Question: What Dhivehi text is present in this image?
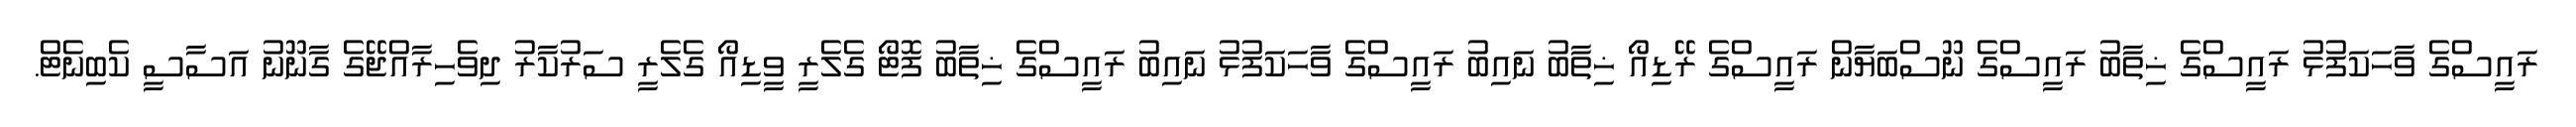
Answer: ރައީސްގެ ވާހަކަފުޅު ރައީސްގެ ޚިތާބު ރައީސްގެ ނޫސްބަޔާން ރައީސްގެ ރޭޑިއޯ ޚިތާބު ނައިބު ރައީސްގެ ވާހަކަފުޅު ނައިބު ރައީސްގެ ޚިތާބު ފޮޓޯ ގެލެރީ ވީޑިއޯ ގެލެރީ ސަރުކާރު ދިވެހިރާއްޖޭގެ ގާނޫނު އަސާސީ ކެބިނެޓް.